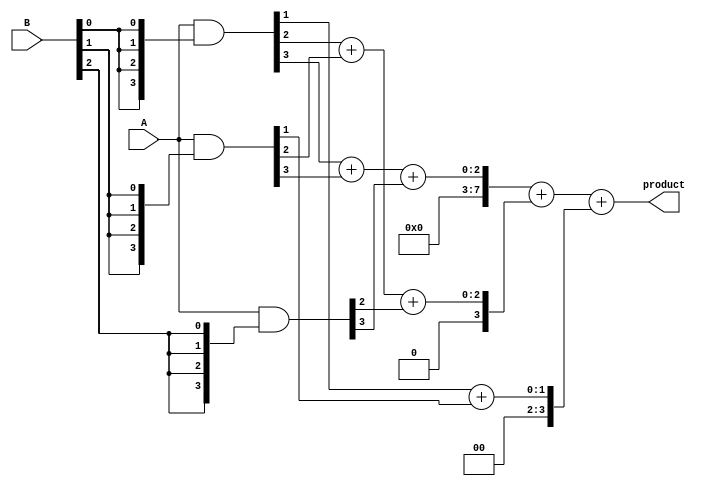
module wallace_tree_multiplier #(parameter N = 4) (
    input [N-1:0] A, // Multiplicand
    input [N-1:0] B, // Multiplier
    output reg [2*N-1:0] product // Product output
);

    // Partial product generation
    wire [N-1:0] partial_products [N-1:0];
    genvar i;
    generate
        for (i = 0; i < N; i = i + 1) begin : pp_gen
            assign partial_products[i] = A & {N{B[i]}};
        end
    endgenerate

    // Wallace tree reduction
    wire [N-1:0] sum [N-1:0];
    wire [N-1:0] carry [N-1:0];

    // Stage 1: Initial reduction using half adders and full adders
    generate
        for (i = 0; i < N; i = i + 1) begin : stage1
            if (i == 0) begin
                assign sum[i] = partial_products[0][i];
                assign carry[i] = 1'b0;
            end else if (i == 1) begin
                assign {carry[i], sum[i]} = partial_products[0][i] + partial_products[1][i];
            end else begin
                assign {carry[i], sum[i]} = partial_products[0][i] + partial_products[1][i] + partial_products[2][i];
            end
        end
    endgenerate

    // Additional stages for reduction
    // This is a simplified version; in practice, you would continue to reduce until you have two rows
    // You may need to implement more stages depending on the number of bits

    // Final addition
    wire [2*N-1:0] final_sum;
    wire [2*N-1:0] final_carry;

    assign final_sum = {carry[N-1], sum[N-1]} + {1'b0, sum[N-2]} + {1'b0, sum[N-3]}; // Example for final addition

    always @(*) begin
        product = final_sum; // Assign the final product
    end

endmodule